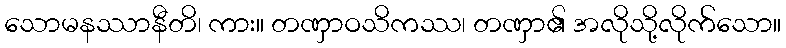
သောမနဿာနီတိ၊ ကား။ တဏှာဝသိကဿ၊ တဏှာ၏ အလိုသို့လိုက်သော။